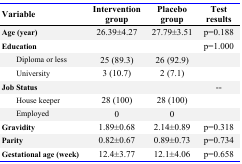
<table><thead><tr><td><b>Variable</b></td><td><b>Intervention group</b></td><td><b>Placebo group</b></td><td><b>Test results</b></td></tr></thead><tbody><tr><td><b>Age (year)</b></td><td>26.39±4.27</td><td>27.79±3.51</td><td>p=0.188</td></tr><tr><td><b>Education</b></td><td></td><td></td><td>p=1.000</td></tr><tr><td>Diploma or less</td><td>25 (89.3)</td><td>26 (92.9)</td><td></td></tr><tr><td>University</td><td>3 (10.7)</td><td>2 (7.1)</td><td></td></tr><tr><td><b>Job Status</b></td><td></td><td></td><td>--</td></tr><tr><td>House keeper</td><td>28 (100)</td><td>28 (100)</td><td></td></tr><tr><td>Employed</td><td>0</td><td>0</td><td></td></tr><tr><td><b>Gravidity</b></td><td>1.89±0.68</td><td>2.14±0.89</td><td>p=0.318</td></tr><tr><td><b>Parity</b></td><td>0.82±0.67</td><td>0.89±0.73</td><td>p=0.734</td></tr><tr><td><b>Gestational age (week)</b></td><td>12.4±3.77</td><td>12.1±4.06</td><td>p=0.658</td></tr></tbody></table>